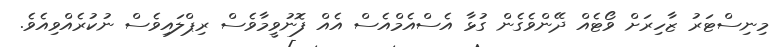
މިނިސްޓަރު ޒާހިރަށް ވޯޓެއް ދޭންވެގެން ގުޅާ އެސްއެމްއެސް އެއް ފޮނުވީމާވެސް ރިޕްލައިވެސް ނުކުރެއްވިއެވެ.